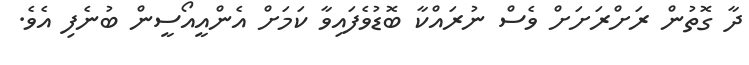
ދާ ގޮތުން ރަށްރަށަށް ވެސް ނުރައްކާ ބޮޑުވެފައިވާ ކަމަށް އެންއީއޯސީން ބުނެފި އެވެ.